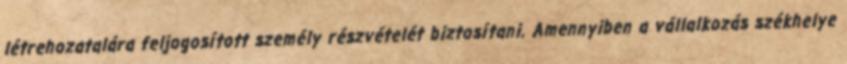
létrehozatalára feljogosított személy részvételét biztosítani. Amennyiben a vállalkozás székhelye